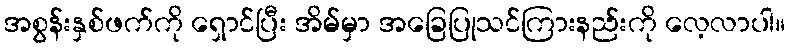
အစွန်းနှစ်ဖက်ကို ရှောင်ပြီး အိမ်မှာ အခြေပြုသင်ကြားနည်းကို လေ့လာပါ။